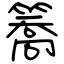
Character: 簥